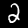
Digit: 2